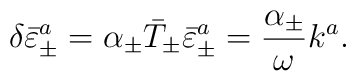
\delta \bar{\varepsilon}^{a}_\pm = \alpha_{\pm}\bar{T}_{\pm} \bar{\varepsilon}^{a}_\pm = \frac{\alpha_{\pm} }{\omega}k^a.